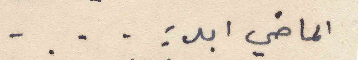
الماضي ابد: ...